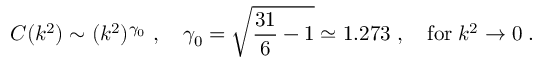
C ( k ^ { 2 } ) \sim ( k ^ { 2 } ) ^ { \gamma _ { 0 } } \; , \quad \gamma _ { 0 } = \sqrt { \frac { 3 1 } { 6 } - 1 } \simeq 1 . 2 7 3 \; , \quad \mathrm { f o r } \; k ^ { 2 } \to 0 \; .